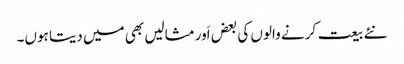
نئے بیعت کرنے والوں کی بعض اَور مثالیں بھی میں دیتا ہوں۔